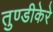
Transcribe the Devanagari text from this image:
तुण्डीकेरे